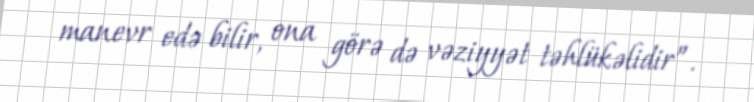
manevr edə bilir, ona görə də vəziyyət təhlükəlidir”.